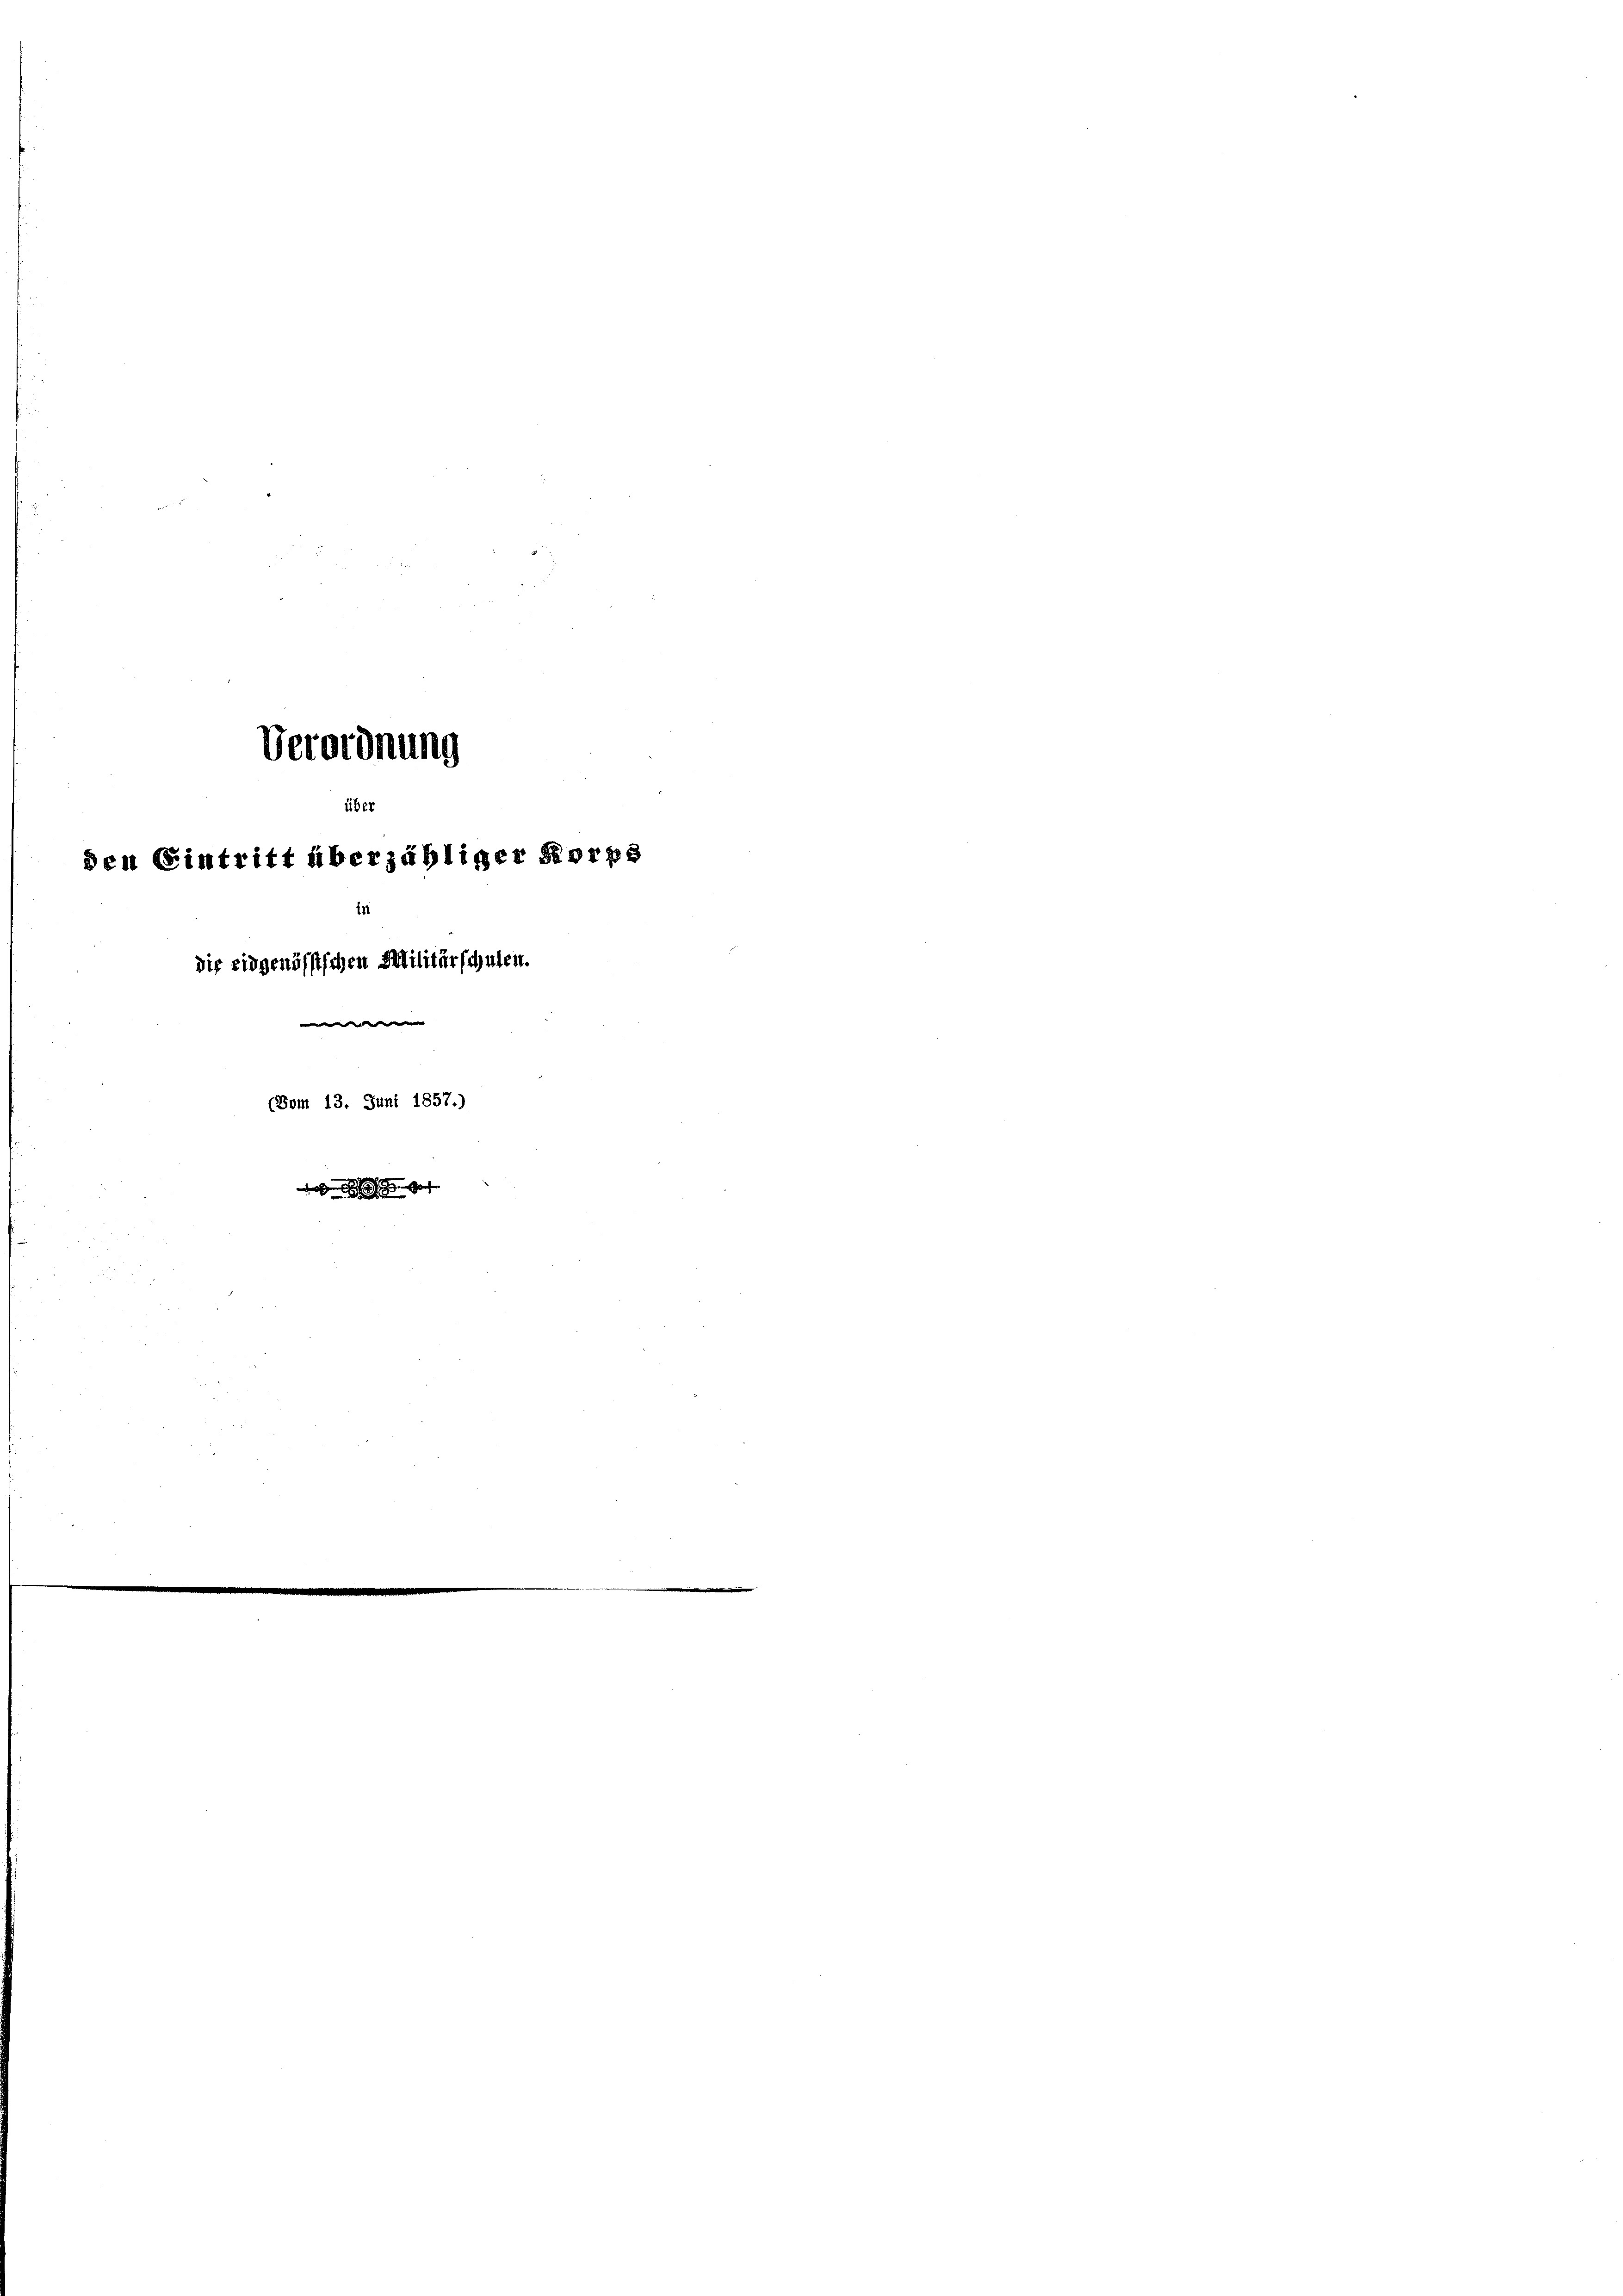
über
den Eintritt überzähliger Korps
die eidgenössischen Militärschulen.
we |
(Som 13. Juni 1857.)

Verordnung